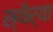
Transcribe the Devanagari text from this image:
स्थैर्या